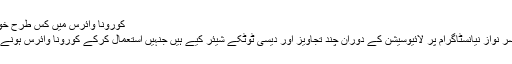
کورونا وائرس میں کس طرح خود کو صحت مند رکھاجائے، ندا یاسرکے مفید مشورے
کراچی: مارننگ شو کی میزبان ندا اور ان کے شوہر یاسر نواز نیانسٹاگرام پر لائیوسیشن کے دوران چند تجاویز اور دیسی ٹوٹکے شیئر کیے ہیں جنہیں استعمال کرکے کورونا وائرس ہونے کی صورت میں خود کو صحت مند رکھا جا سکتا ہے۔